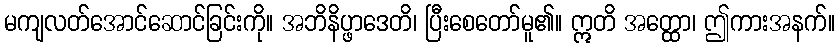
မကျလတ်အောင်ဆောင်ခြင်းကို။ အဘိနိပ္ဖာဒေတိ၊ ပြီးစေတော်မူ၏။ ဣတိ အတ္ထော၊ ဤကားအနက်။